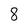
Character: 8